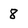
Character: 8